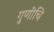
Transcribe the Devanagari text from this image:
गुणींचि